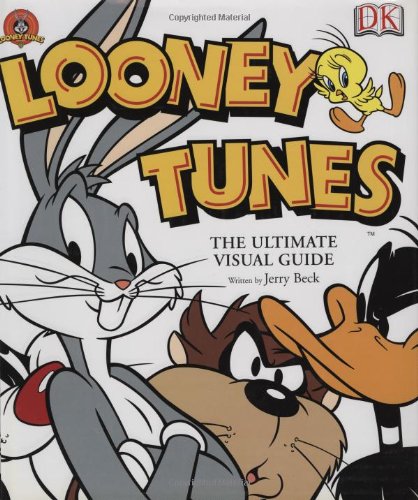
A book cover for Looney Tunes: The Ultimate Visual Guide; Jerry Beck; Children's Books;